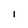
Character: I